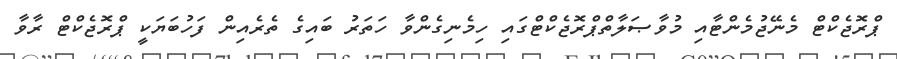
ޕްރޮޖެކްޓް މެނޭޖުމެންޓާއި މުވާޞަލާތްޕްރޮޖެކްޓްގައި ހިމެނިގެންވާ ހަތަރު ބައިގެ ތެރެއިން ފަހުބަޔަކީ ޕްރޮޖެކްޓް ރާވާ